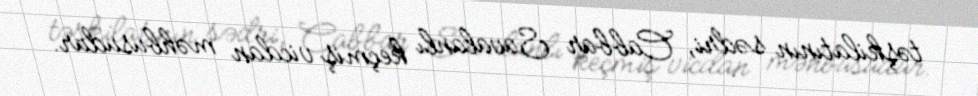
təşkilatının sədri, Cabbar Savalanlı keçmiş vicdan məhbusudur.